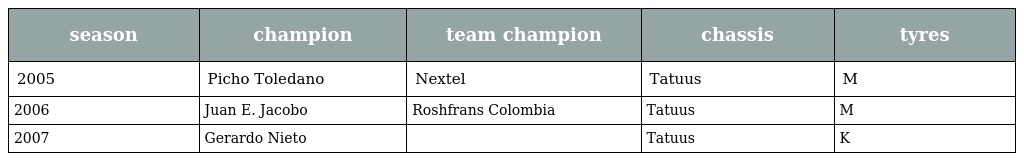
| season | champion | team champion | chassis | tyres |
 | --- | --- | --- | --- | --- |
 | 2005 | Picho Toledano | Nextel | Tatuus | M |
 | 2006 | Juan E. Jacobo | Roshfrans Colombia | Tatuus | M |
 | 2007 | Gerardo Nieto |  | Tatuus | K |